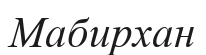
Мабирхан